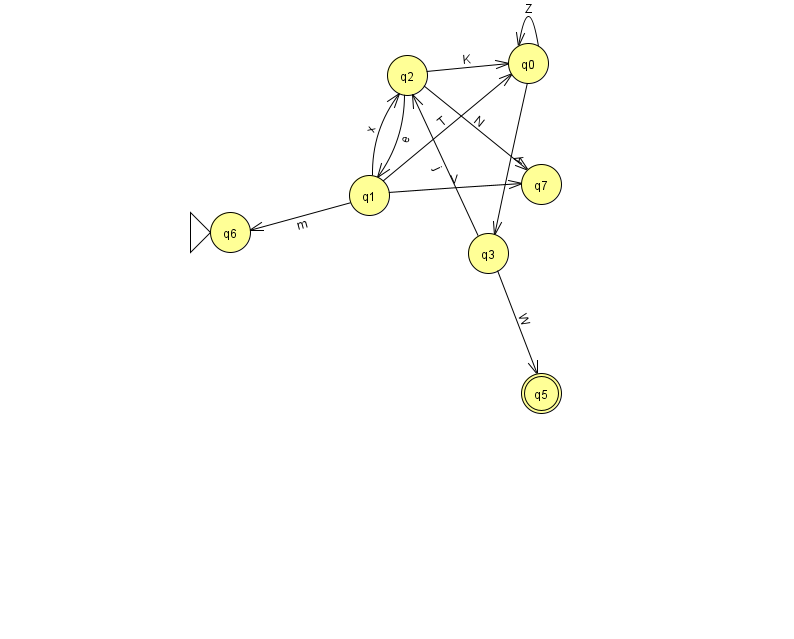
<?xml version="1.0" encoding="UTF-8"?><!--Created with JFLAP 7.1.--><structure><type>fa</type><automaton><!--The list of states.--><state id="0" name="q0"><x>528.0</x><y>50.0</y></state><state id="1" name="q1"><x>369.0</x><y>182.0</y></state><state id="2" name="q2"><x>407.0</x><y>62.0</y></state><state id="3" name="q3"><x>488.0</x><y>240.0</y></state><state id="5" name="q5"><x>541.0</x><y>380.0</y><final/></state><state id="6" name="q6"><x>230.0</x><y>219.0</y><initial/></state><state id="7" name="q7"><x>541.0</x><y>171.0</y></state><!--The list of transitions.--><transition><from>1</from><to>7</to><read>V</read></transition><transition><from>0</from><to>3</to><read>A</read></transition><transition><from>1</from><to>0</to><read>T</read></transition><transition><from>3</from><to>5</to><read>W</read></transition><transition><from>1</from><to>6</to><read>m</read></transition><transition><from>2</from><to>1</to><read>e</read></transition><transition><from>2</from><to>0</to><read>K</read></transition><transition><from>2</from><to>7</to><read>N</read></transition><transition><from>0</from><to>0</to><read>Z</read></transition><transition><from>1</from><to>2</to><read>x</read></transition><transition><from>3</from><to>2</to><read>j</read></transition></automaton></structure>